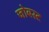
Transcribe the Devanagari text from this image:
जोबस्ट